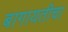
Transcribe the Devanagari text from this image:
बागायतीचा